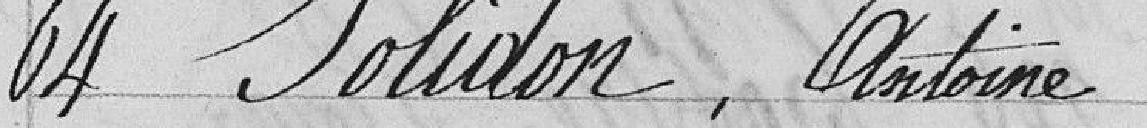
64 Jolidon, Antoine